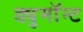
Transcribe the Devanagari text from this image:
ड्युमाॅन्ट